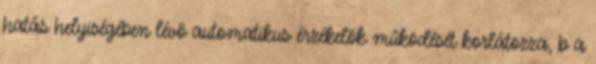
hatás helyiségében lévõ automatikus érzékelõk mûködését korlátozza, b a